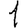
Digit: 1